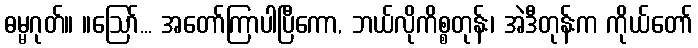
ဓမ္မဂုတ်။ ။ဩော်... အတော်ကြာပါပြီကော, ဘယ်လိုကိစ္စတုန်း၊ အဲဒီတုန်းက ကိုယ်တော်